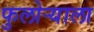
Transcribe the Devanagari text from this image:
फुलोऱ्याला